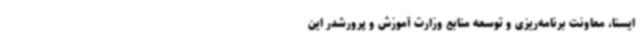
ایسنا، معاونت برنامه‌ریزی و توسعه منابع وزارت آموزش و پرورشدر این